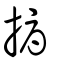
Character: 搙